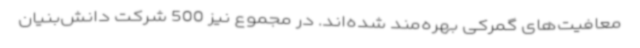
معافیت‌های گمرکی بهره‌مند شده‌اند. در مجموع نیز 500 شرکت دانش‌بنیان